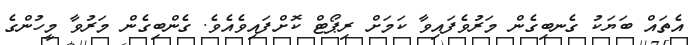
އެތައް ބަޔަކު ގެނބިގެން މަރުވެފައިވާ ކަމަށް ރިޕޯޓް ކޮށްފައިވެއެވެ. ގެންބިގެން މަރުވާ މީހުންގެ